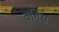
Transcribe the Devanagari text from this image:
वर्गिस